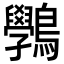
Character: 𪈔